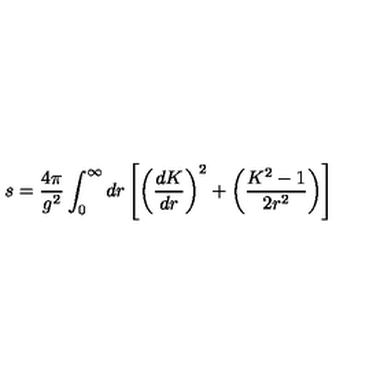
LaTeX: s = { \frac { 4 \pi } { g ^ { 2 } } } \int _ { 0 } ^ { \infty } d r \left[ \left( { \frac { d K } { d r } } \right) ^ { 2 } + \left( { \frac { K ^ { 2 } - 1 } { 2 r ^ { 2 } } } \right) \right]